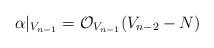
LaTeX: \begin{align*}\alpha|_{V_{n-1}}=\mathcal{O}_{V_{n-1}}(V_{n-2}-N)\end{align*}